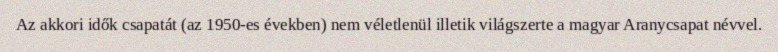
Az akkori idők csapatát (az 1950-es években) nem véletlenül illetik világszerte a magyar Aranycsapat névvel.